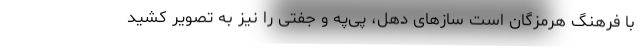
با فرهنگ هرمزگان است سازهای دهل، پی‌په و جفتی را نیز به تصویر کشید